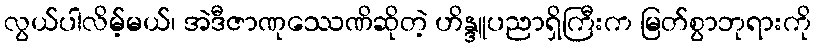
လွယ်ပါလိမ့်မယ်၊ အဲဒီဇာဏုဿေဏိဆိုတဲ့ ဟိန္ဒူပညာရှိကြီးက မြတ်စွာဘုရားကို